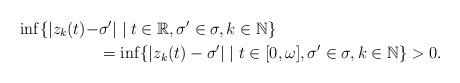
LaTeX: \begin{align*}\inf\{|z_k(t)-&\sigma'|\mid t\in\mathbb{R},\sigma'\in\sigma,k\in\mathbb{N}\}\\&=\inf\{|z_k(t)-\sigma'|\mid t\in[0,\omega],\sigma'\in\sigma,k\in\mathbb{N}\}>0.\end{align*}